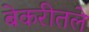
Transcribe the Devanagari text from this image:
बेकरीतले